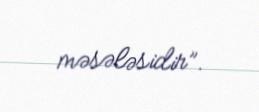
məsələsidir”.